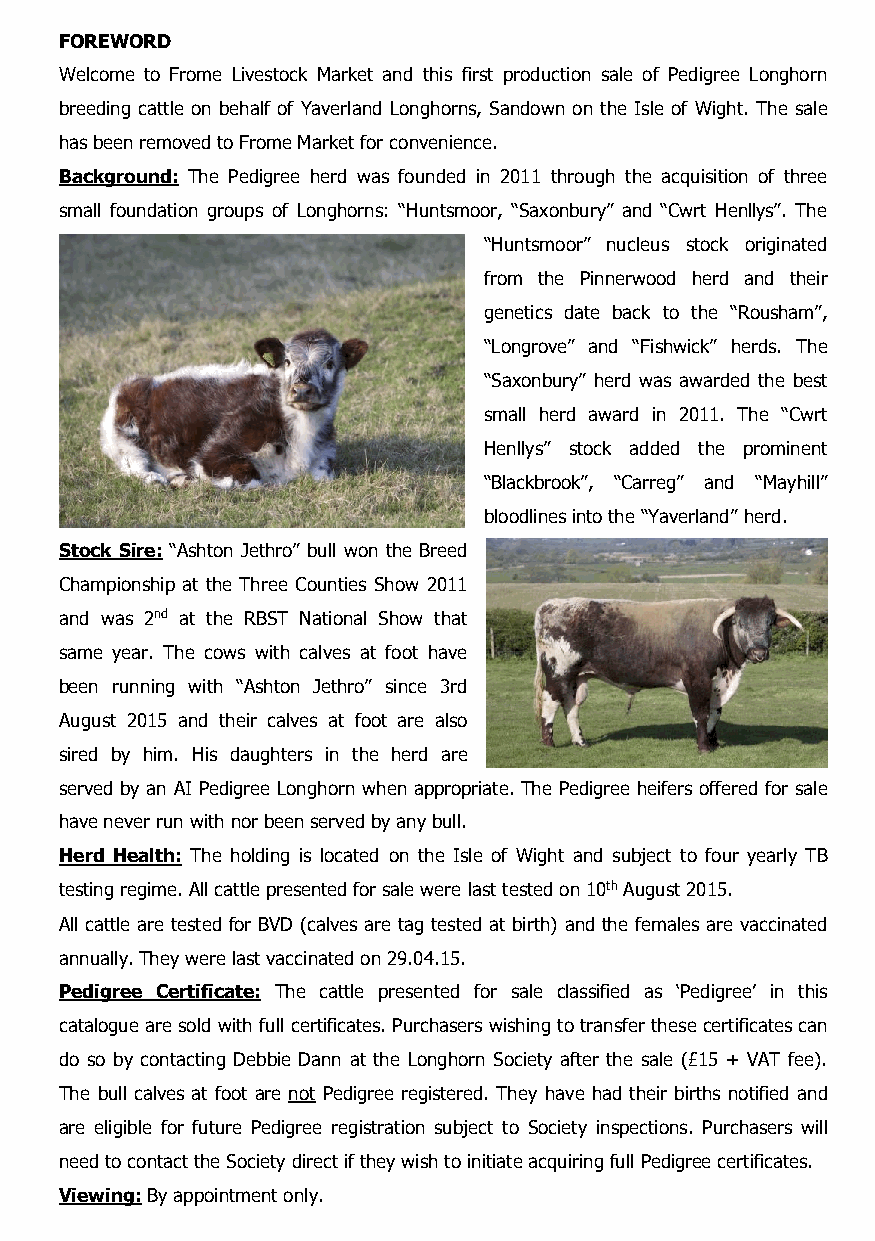
FOREWORD
 Welcome to Frome Livestock Market and this first production sale of Pedigree Longhorn
 breeding cattle on behalf of Yaverland Longhorns, Sandown on the Isle of Wight. The sale
 has been removed to Frome Market for convenience.
 Background: The Pedigree herd was founded in 2011 through the acquisition of three
 small foundation groups of Longhorns: “Huntsmoor, “Saxonbury” and “Cwrt Henllys”. The
 “Huntsmoor” nucleus stock originated
 from the Pinnerwood herd and their
 genetics date back to the “Rousham”,
 “Longrove” and “Fishwick” herds. The
 “Saxonbury” herd was awarded the best
 small herd award in 2011. The “Cwrt
 Henllys” stock added the prominent
 “Blackbrook”, “Carreg” and “Mayhill”
 bloodlines into the “Yaverland” herd.
 Stock Sire: “Ashton Jethro” bull won the Breed
 Championship at the Three Counties Show 2011
 and was 2nd at the RBST National Show that
 same year. The cows with calves at foot have
 been running with “Ashton Jethro” since 3rd
 August 2015 and their calves at foot are also
 sired by him. His daughters in the herd are
 served by an AI Pedigree Longhorn when appropriate. The Pedigree heifers offered for sale
 have never run with nor been served by any bull.
 Herd Health: The holding is located on the Isle of Wight and subject to four yearly TB
 testing regime. All cattle presented for sale were last tested on 10th August 2015.
 All cattle are tested for BVD (calves are tag tested at birth) and the females are vaccinated
 annually. They were last vaccinated on 29.04.15.
 Pedigree Certificate: The cattle presented for sale classified as ‘Pedigree’ in this
 catalogue are sold with full certificates. Purchasers wishing to transfer these certificates can
 do so by contacting Debbie Dann at the Longhorn Society after the sale (£15 + VAT fee).
 The bull calves at foot are not Pedigree registered. They have had their births notified and
 are eligible for future Pedigree registration subject to Society inspections. Purchasers will
 need to contact the Society direct if they wish to initiate acquiring full Pedigree certificates.
 Viewing: By appointment only.